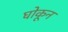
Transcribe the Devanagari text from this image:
घोकून